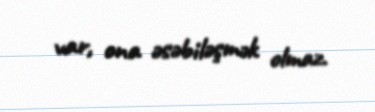
var, ona əsəbiləşmək olmaz.